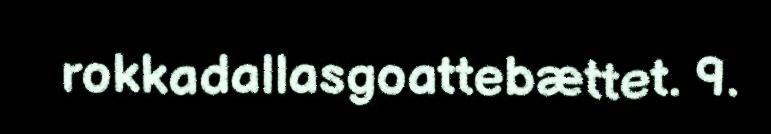
rokkadallasgoattebættet. 9.